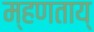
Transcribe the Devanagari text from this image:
म्हणताय्